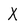
Character: X